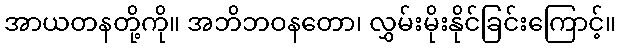
အာယတနတို့ကို။ အဘိဘဝနတော၊ လွှမ်းမိုးနိုင်ခြင်းကြောင့်။